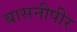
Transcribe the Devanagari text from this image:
बासनीपीर